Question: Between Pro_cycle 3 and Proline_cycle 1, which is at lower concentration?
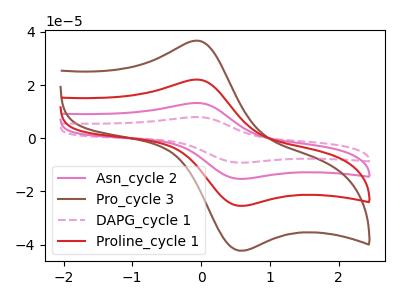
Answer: <think>The pink curve "Asn_cycle 2" has an anodic peak at (-0.05V, 44.10uA) and a cathodic peak at (0.55V, -50.85uA). The brown curve "Pro_cycle 3" has an anodic peak at (-0.05V, 36.65uA) and a cathodic peak at (0.55V, -42.30uA). The pink dashed curve "DAPG_cycle 1" has an anodic peak at (-0.05V, 66.15uA) and a cathodic peak at (0.55V, -76.25uA). The red curve "Proline_cycle 1" has an anodic peak at (-0.05V, 22.05uA) and a cathodic peak at (0.55V, -25.40uA).
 All the peaks in "Pro_cycle 3" have a peak in "Proline_cycle 1" at the same potential. Every peak in "Pro_cycle 3" is higher than every peak in "Proline_cycle 1".</think>
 <answer>"Pro_cycle 3" has more signal than "Proline_cycle 1" and so likely has a higher concentration.</answer>
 <eval>more_concentration</eval>